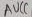
Text: AUCC